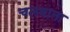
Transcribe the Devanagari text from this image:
चलवाता